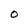
Character: 0